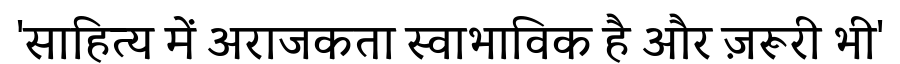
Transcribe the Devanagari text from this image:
'साहित्य में अराजकता स्वाभाविक है और ज़रूरी भी'